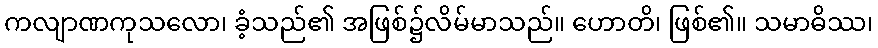
ကလျာဏကုသလော၊ ခံ့သည်၏ အဖြစ်၌လိမ်မာသည်။ ဟောတိ၊ ဖြစ်၏။ သမာဓိဿ၊